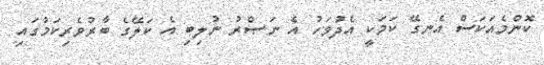
ކޮންމެއަކަސް އެނގޭ ކަމަކީ އެދުވަހު އެ ނަޞްރު ނުލިބި އެ ކަލޭގެ ބާރުވެރިކަމުގައި